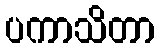
ပကာသိတာ